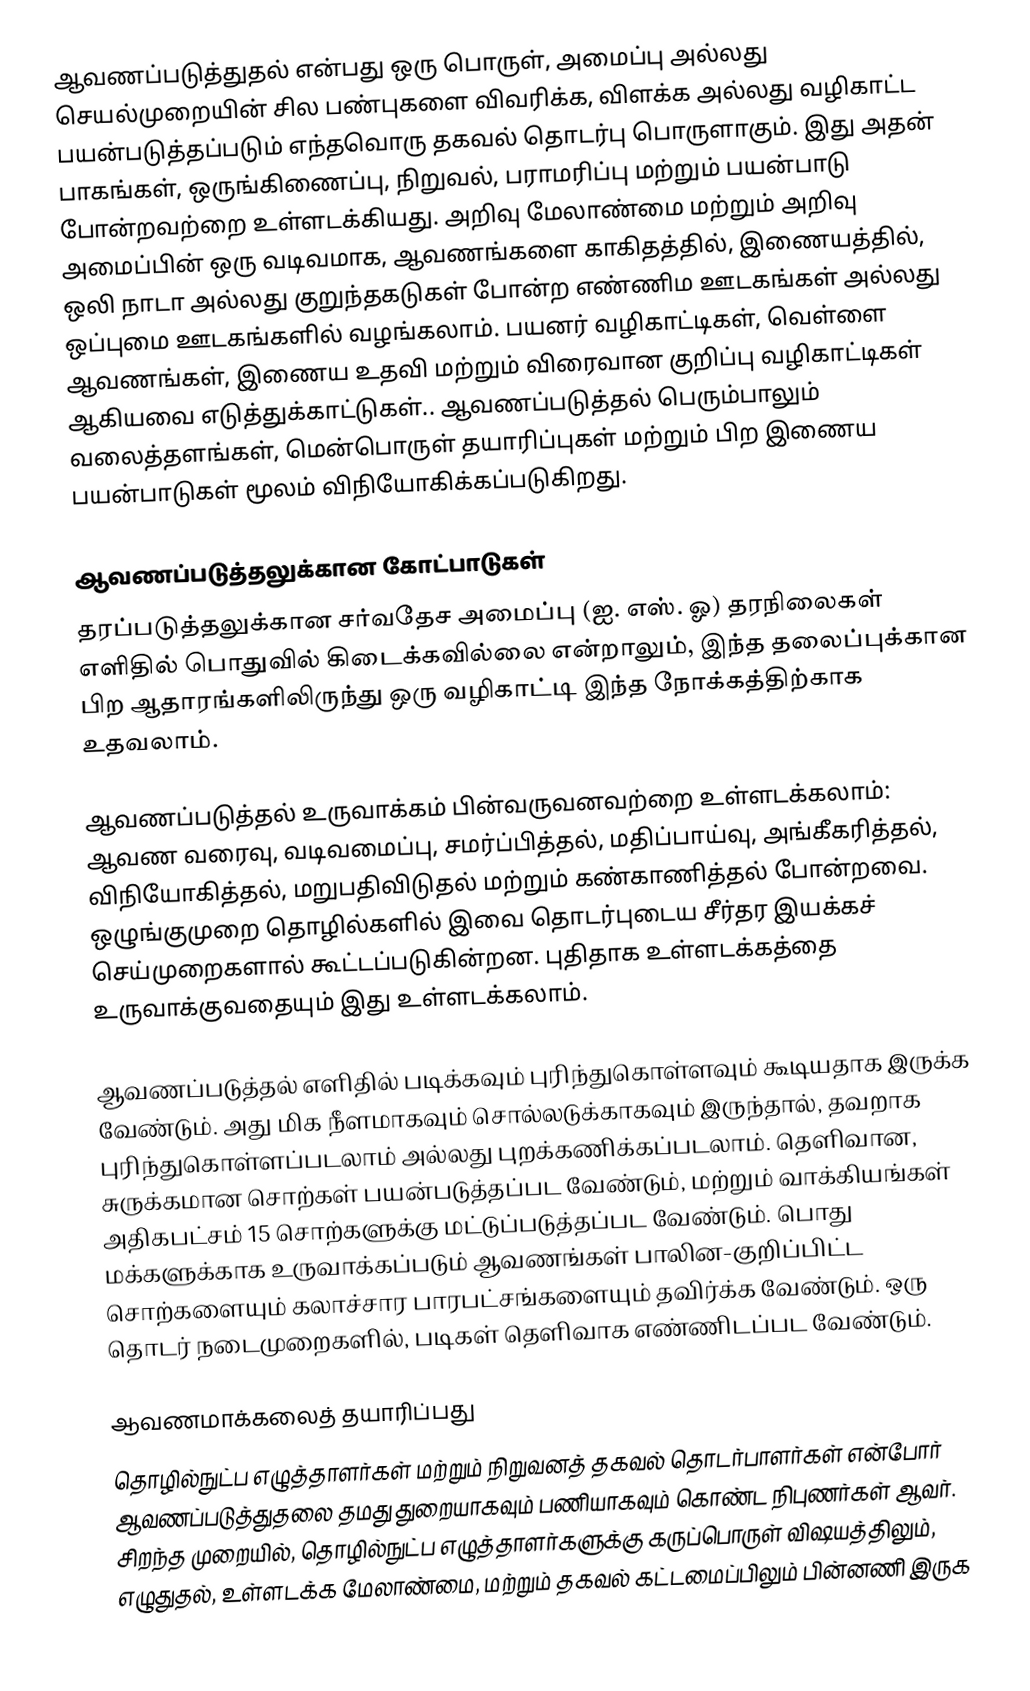
ஆவணப்படுத்துதல் என்பது ஒரு பொருள், அமைப்பு அல்லது செயல்முறையின் சில பண்புகளை விவரிக்க, விளக்க அல்லது வழிகாட்ட பயன்படுத்தப்படும் எந்தவொரு தகவல் தொடர்பு பொருளாகும். இது அதன் பாகங்கள், ஒருங்கிணைப்பு, நிறுவல், பராமரிப்பு மற்றும் பயன்பாடு போன்றவற்றை உள்ளடக்கியது. அறிவு மேலாண்மை மற்றும் அறிவு அமைப்பின் ஒரு வடிவமாக, ஆவணங்களை காகிதத்தில், இணையத்தில், ஒலி நாடா அல்லது குறுந்தகடுகள் போன்ற எண்ணிம ஊடகங்கள் அல்லது ஒப்புமை ஊடகங்களில் வழங்கலாம். பயனர் வழிகாட்டிகள், வெள்ளை ஆவணங்கள், இணைய உதவி மற்றும் விரைவான குறிப்பு வழிகாட்டிகள் ஆகியவை எடுத்துக்காட்டுகள்..  ஆவணப்படுத்தல் பெரும்பாலும் வலைத்தளங்கள், மென்பொருள் தயாரிப்புகள் மற்றும் பிற இணைய பயன்பாடுகள் மூலம் விநியோகிக்கப்படுகிறது.

ஆவணப்படுத்தலுக்கான கோட்பாடுகள்
தரப்படுத்தலுக்கான சர்வதேச அமைப்பு (ஐ. எஸ். ஓ) தரநிலைகள் எளிதில் பொதுவில் கிடைக்கவில்லை என்றாலும், இந்த தலைப்புக்கான பிற ஆதாரங்களிலிருந்து ஒரு வழிகாட்டி இந்த நோக்கத்திற்காக உதவலாம்.

ஆவணப்படுத்தல் உருவாக்கம் பின்வருவனவற்றை உள்ளடக்கலாம்: ஆவண வரைவு, வடிவமைப்பு, சமர்ப்பித்தல், மதிப்பாய்வு, அங்கீகரித்தல், விநியோகித்தல், மறுபதிவிடுதல் மற்றும் கண்காணித்தல் போன்றவை. ஒழுங்குமுறை தொழில்களில் இவை தொடர்புடைய சீர்தர இயக்கச் செய்முறைகளால் கூட்டப்படுகின்றன. புதிதாக உள்ளடக்கத்தை உருவாக்குவதையும் இது உள்ளடக்கலாம்.

ஆவணப்படுத்தல் எளிதில் படிக்கவும் புரிந்துகொள்ளவும் கூடியதாக இருக்க வேண்டும். அது மிக நீளமாகவும் சொல்லடுக்காகவும் இருந்தால், தவறாக புரிந்துகொள்ளப்படலாம் அல்லது புறக்கணிக்கப்படலாம். தெளிவான, சுருக்கமான சொற்கள் பயன்படுத்தப்பட வேண்டும், மற்றும் வாக்கியங்கள் அதிகபட்சம் 15 சொற்களுக்கு மட்டுப்படுத்தப்பட வேண்டும். பொது மக்களுக்காக உருவாக்கப்படும் ஆவணங்கள் பாலின-குறிப்பிட்ட சொற்களையும் கலாச்சார பாரபட்சங்களையும் தவிர்க்க வேண்டும். ஒரு தொடர் நடைமுறைகளில், படிகள் தெளிவாக எண்ணிடப்பட வேண்டும்.

ஆவணமாக்கலைத் தயாரிப்பது
தொழில்நுட்ப எழுத்தாளர்கள் மற்றும் நிறுவனத் தகவல் தொடர்பாளர்கள் என்போர் ஆவணப்படுத்துதலை தமது துறையாகவும் பணியாகவும் கொண்ட நிபுணர்கள் ஆவர். சிறந்த முறையில், தொழில்நுட்ப எழுத்தாளர்களுக்கு கருப்பொருள் விஷயத்திலும், எழுதுதல், உள்ளடக்க மேலாண்மை, மற்றும் தகவல் கட்டமைப்பிலும் பின்னணி இருக